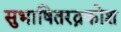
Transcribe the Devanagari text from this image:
सुभाषितरत्नकोश